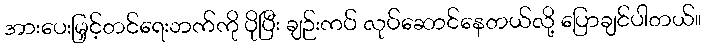
အားပေးမြှင့်တင်ရေးဘက်ကို ပိုပြီး ချဉ်းကပ် လုပ်ဆောင်နေတယ်လို့ ပြောချင်ပါတယ်။